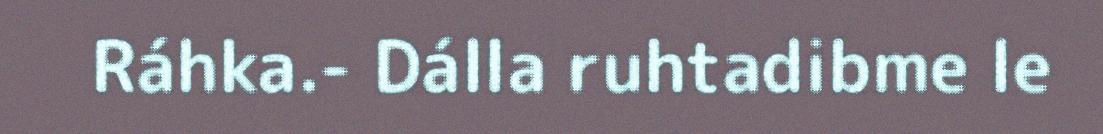
Ráhka.- Dálla ruhtadibme le